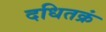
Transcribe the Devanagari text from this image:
दधितक्रं